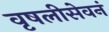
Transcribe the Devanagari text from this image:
वृषलीसेवनं